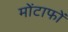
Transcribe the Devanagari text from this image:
मोंटाफों